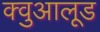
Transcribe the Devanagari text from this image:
क्वुआलूड